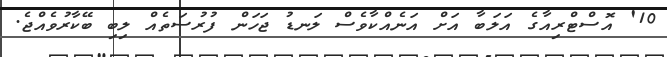
10' އޮސްޓްރިއާގެ އަލަބާ އަށް އަނެއްކާވެސް ލަނޑު ޖަހަން ފުރުސަތެއް ލިބި ބޭކާރުވެއްޖެ.